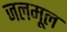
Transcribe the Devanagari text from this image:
जलमूल